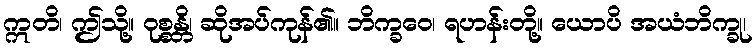
ဣတိ၊ ဤသို့။ ဝုစ္စန္တိ၊ ဆိုအပ်ကုန်၏။ ဘိက္ခဝေ၊ ရဟန်းတို့။ ယောပိ အယံဘိက္ခု၊